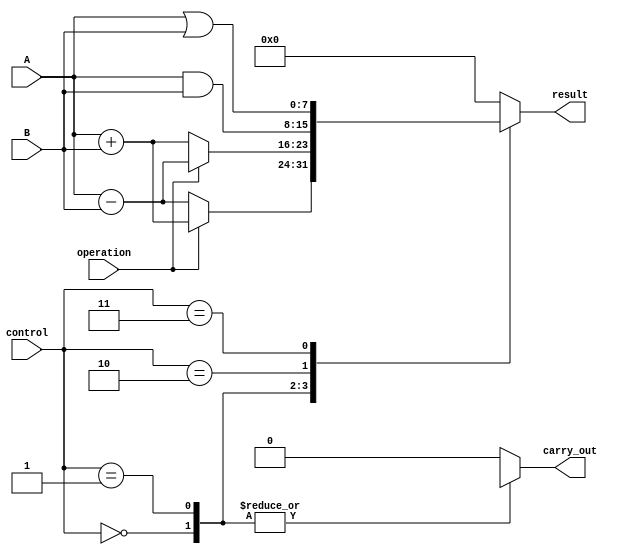
module ALU(
    input [7:0] A,
    input [7:0] B,
    input [2:0] control, // 3-bit control signal
    input operation, // 1-bit control signal for selecting addition or subtraction
    output reg [7:0] result, // 8-bit output register
    output reg carry_out // 1-bit output carry out
);

always @(*) begin
    case(control)
        3'b000: begin // Addition
            if(operation)
                result = A + B;
            else
                result = A - B;
                
            carry_out = result[8];
        end
        3'b001: begin // Subtraction
            if(operation)
                result = A - B;
            else
                result = A + B;
                
            carry_out = result[8];
        end
        3'b010: begin // Bitwise AND
            result = A & B;
            carry_out = 1'b0;
        end
        3'b011: begin // Bitwise OR
            result = A | B;
            carry_out = 1'b0;
        end
        default: begin
            result = 8'h00;
            carry_out = 1'b0;
        end
    endcase
end

endmodule